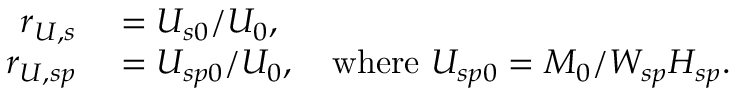
\begin{array} { r l } { r _ { U , s } } & { { } = U _ { s 0 } / U _ { 0 } , } \\ { r _ { U , s p } } & { { } = U _ { s p 0 } / U _ { 0 } , \mathrm { ~ ~ ~ w h e r e ~ } U _ { s p 0 } = M _ { 0 } / W _ { s p } H _ { s p } . } \end{array}